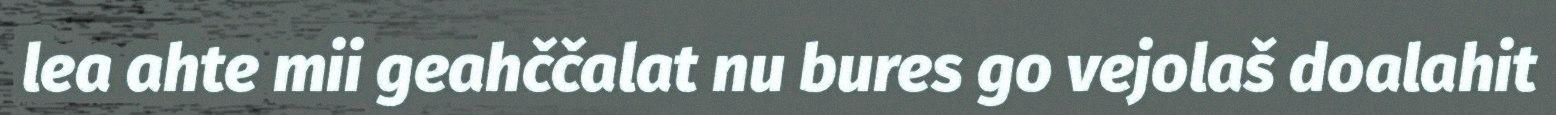
lea ahte mii geahččalat nu bures go vejolaš doalahit